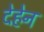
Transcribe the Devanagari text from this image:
देहेन